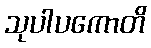
သုပါပကောတိ